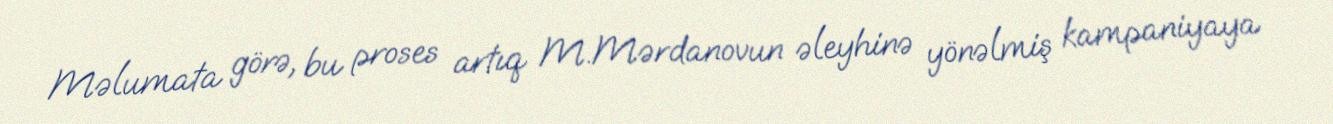
Məlumata görə, bu proses artıq M.Mərdanovun əleyhinə yönəlmiş kampaniyaya